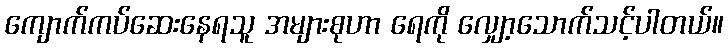
ကျောက်ကပ်ဆေးနေရသူ အများစုဟာ ရေကို လျှော့သောက်သင့်ပါတယ်။